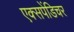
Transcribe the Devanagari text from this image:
एक्‍सपेंडिचर